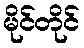
မိုင်တိုင်